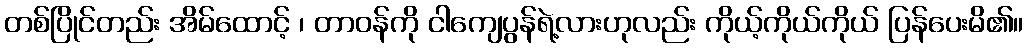
တစ်ပြိုင်တည်း အိမ်ထောင့် ၊ တာဝန်ကို ငါကျေပွန်ရဲ့လားဟုလည်း ကိုယ့်ကိုယ်ကိုယ် ပြန်ပေးမိ၏။